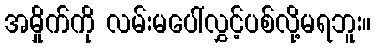
အမှိုက်ကို လမ်းမပေါ်လွှင့်ပစ်လို့မရဘူး။